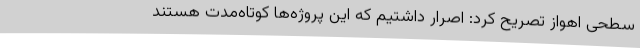
سطحی اهواز تصریح کرد: اصرار داشتیم که این پروژه‌ها کوتاه‌مدت هستند